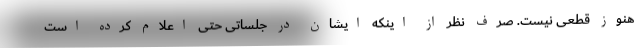
هنوز قطعی نیست. صرف نظر از اینکه ایشان در جلساتی حتی اعلام کرده است